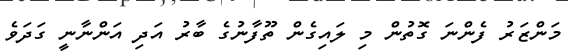
މަންޒަރު ފެންނަ ގޮތުން މި ލައިގެން ތޫފާނުގެ ބާރު އަދި އަންނާނީ ގަދަވެ